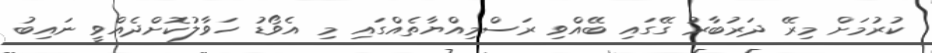
ކުރުމަށް މިރޭ ދަރުބާރު ގޭގައި ބޭއްވި ރަސްމިއްޔާތެއްގައި މި އެވޯޑު ހަވާލުކޮށްދެއްވީ ނައިބު